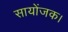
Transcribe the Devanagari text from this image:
सायोंजक।